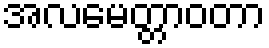
အလမေတ္တာဝတာ